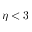
\eta < 3